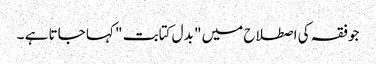
جوفقہ کی اصطلاح میں " بدل کتابت " کہا جاتا ہے ۔